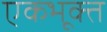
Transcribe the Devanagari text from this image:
एकभूक्त